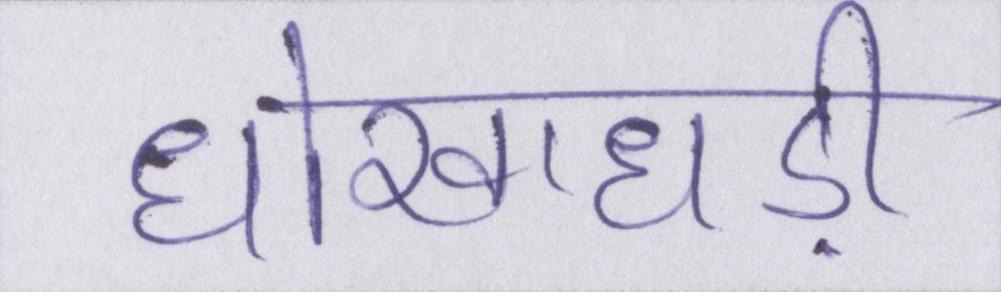
धोखाधड़ी